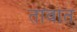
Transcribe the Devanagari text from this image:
तावात